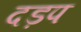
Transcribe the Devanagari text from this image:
दड़प